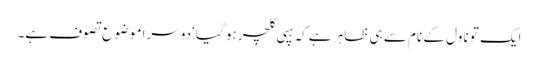
ایک تو ناول کے نام سے ہی ظاہر ہے کہ ہپی کلچر ہو گیا‘ دوسرا موضوع تصوف ہے۔